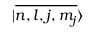
{ | \overline { { n , l , j , m _ { j } } } \rangle }